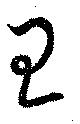
王